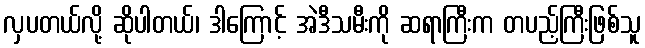
လှပတယ်လို့ ဆိုပါတယ်၊ ဒါကြောင့် အဲဒီသမီးကို ဆရာကြီးက တပည့်ကြီးဖြစ်သူ